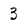
Character: 3